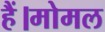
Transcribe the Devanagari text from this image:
हैं।मोमल